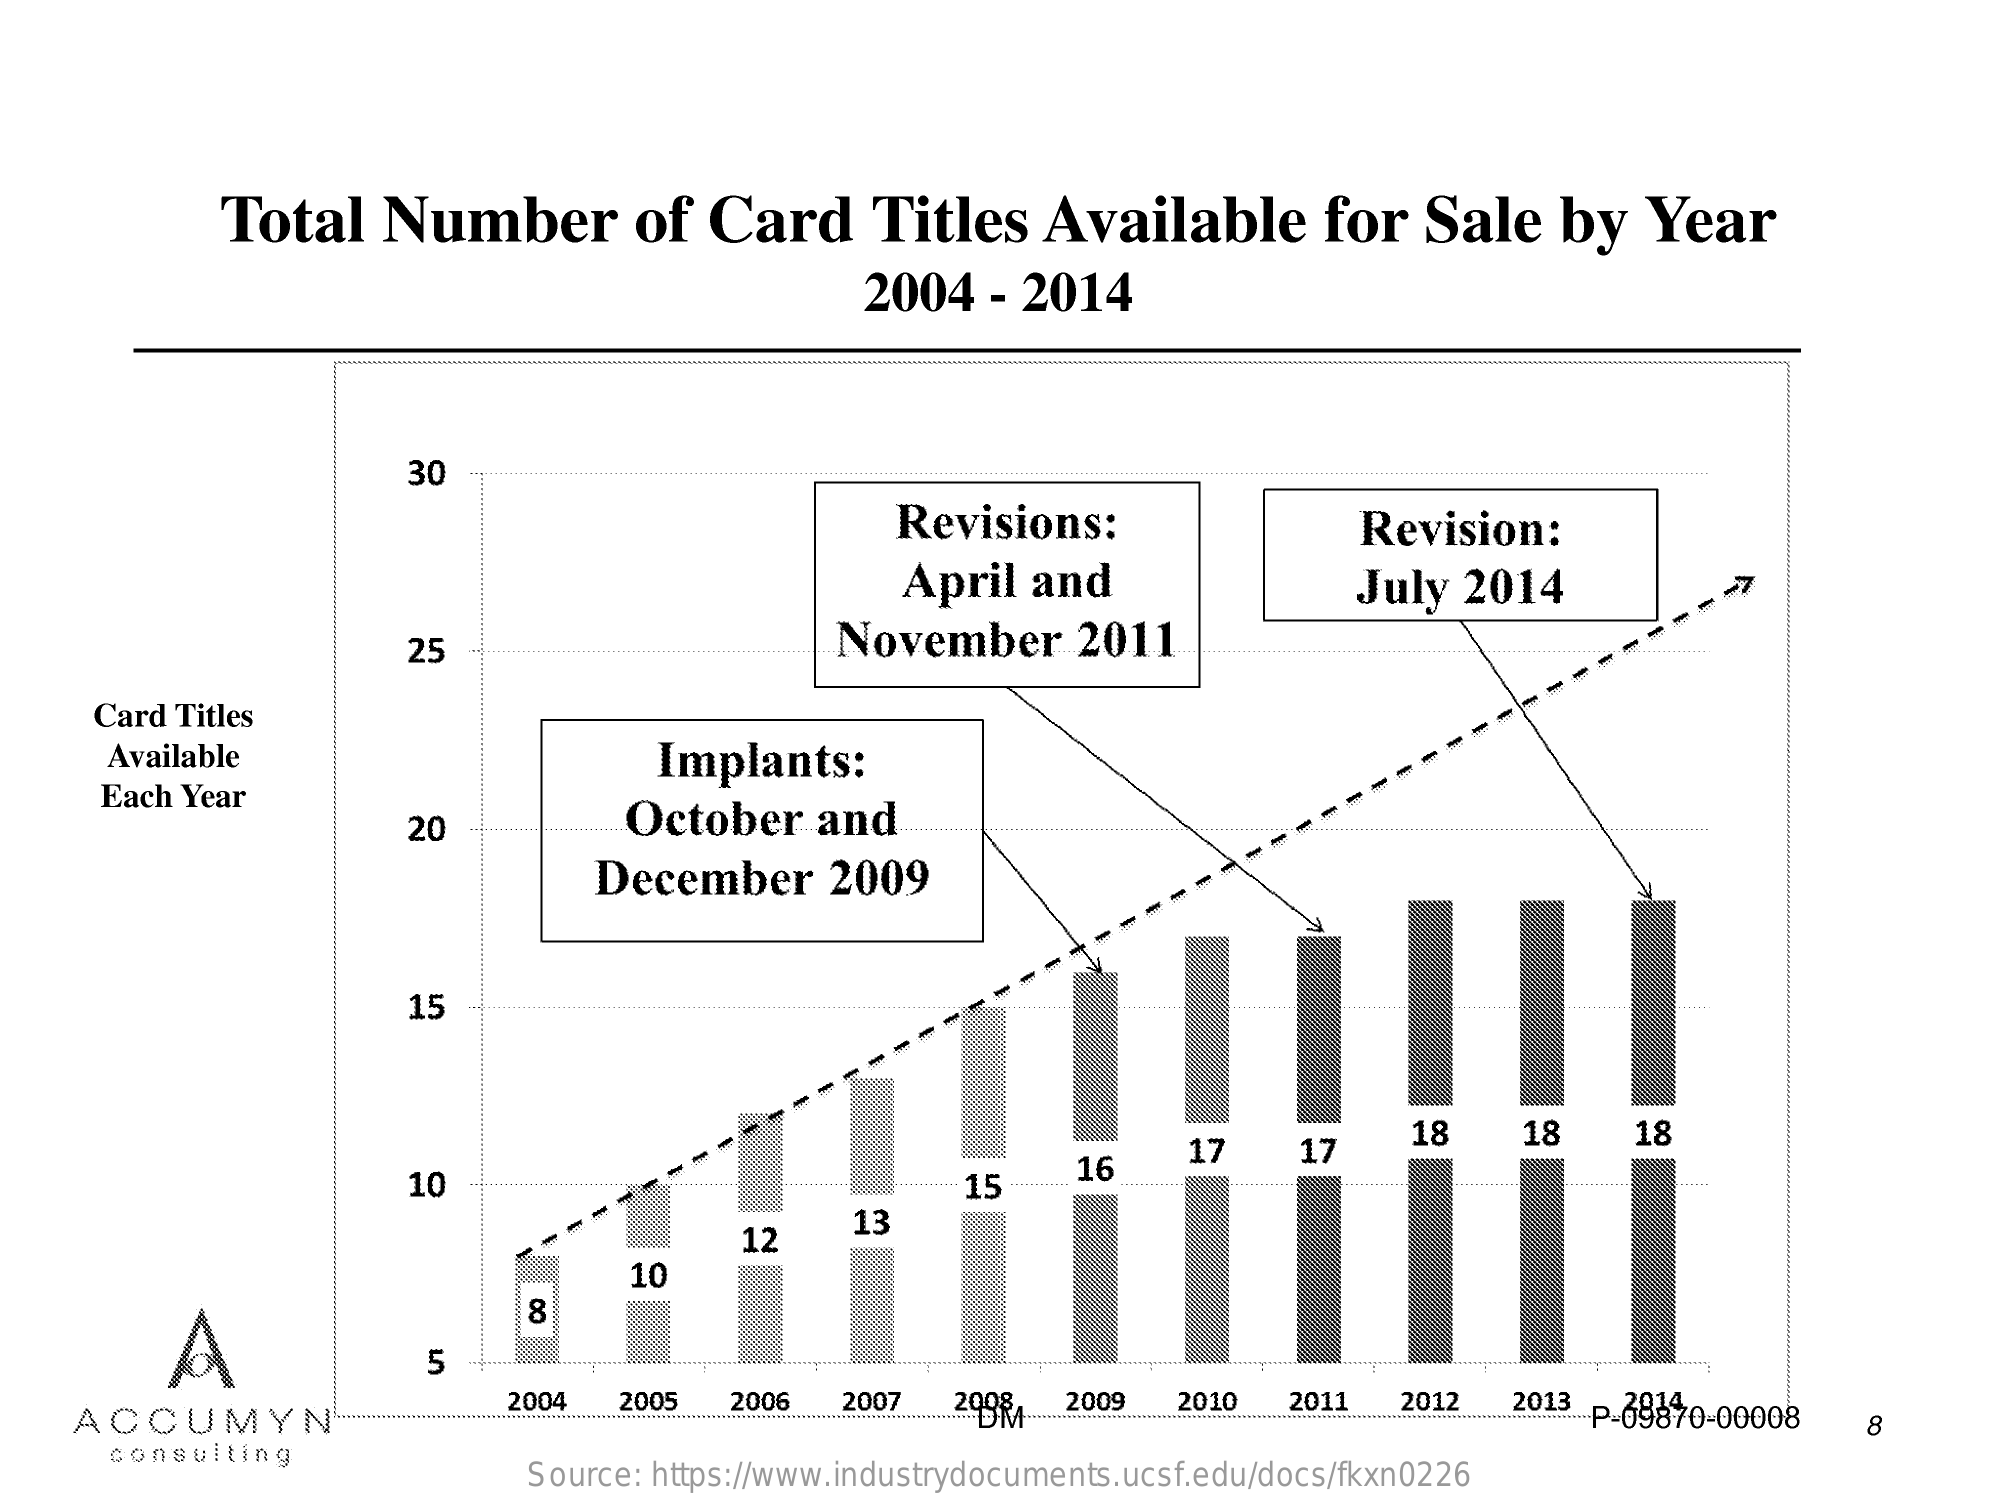
Total    Number    of  Card    Titles    Available    for   Sale    by    Year
     2004    - 2014
     30    ...........
     Revisions:    Revision:
     April   and    July   2014
     25    November    2011
     Card Titles
     Available    Implants:
     -
     Each Year
     20    October    and
     December    2009
     15
     17    17
     18    18    18
     10    15
     16
     12
     13
     10
     A
     8
     5
     ACCUMYN"
     2004   2005   2006   2007   2008
     DM
     2009   2010   2011   2012   2013 ..:- P-09870-00008 8
     consulting
     Source: https://www.industrydocuments.ucsf.edu/docs/fkxn0226